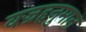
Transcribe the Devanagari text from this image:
वज्रहनुमान